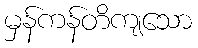
မှန်ကန်တိကျသော